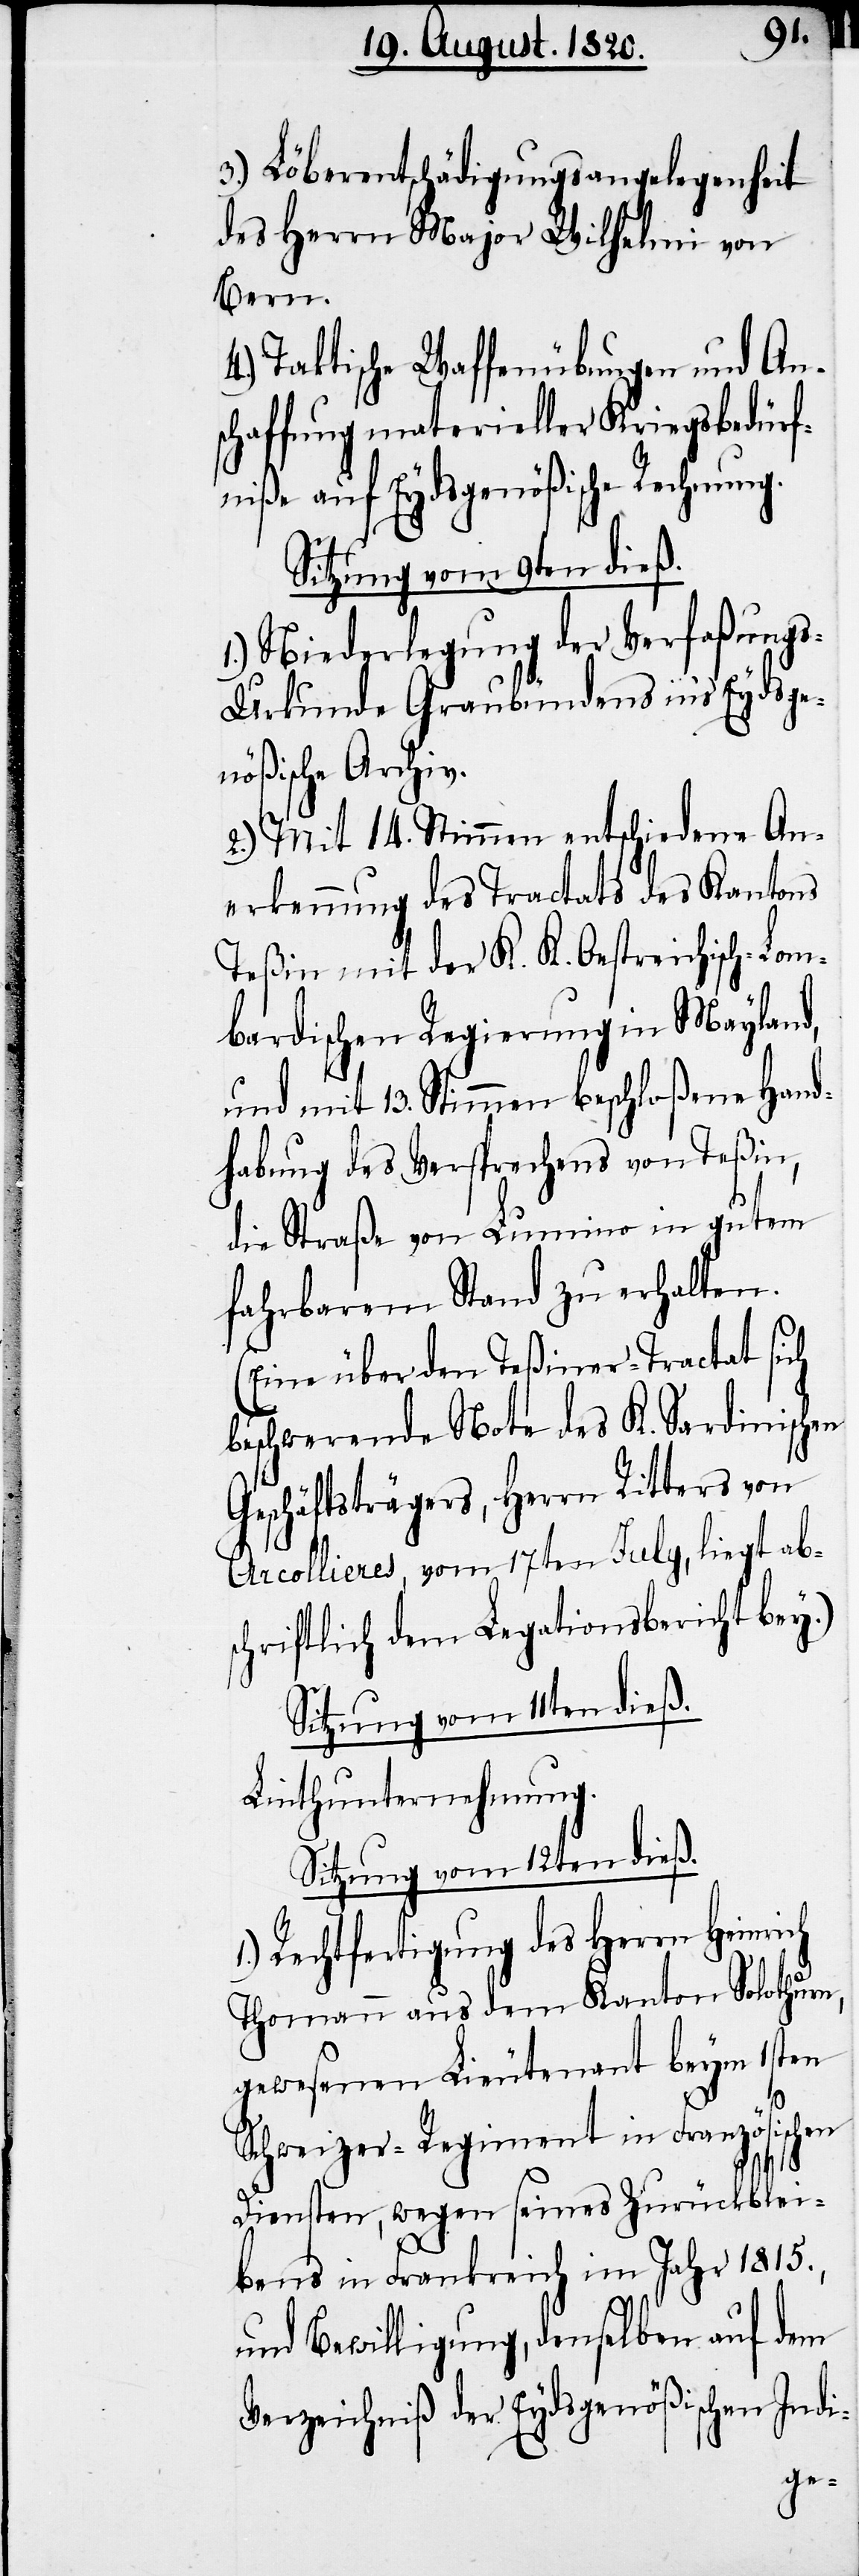
ch

3.) Löberentschädigungsangelegenheit
des Herrn Major Wilhelm von
Bern.
4.) Taktische Waffenübungen und An¬
schaffung materieller Kriegsbedürf¬
niße auf Eydsgenößische Rechnung.
Sitzung vom 9ten dieß.
1.) Niederlegung der Verfaßung¬
s-Urkunde Graubündens in’s Eydsge¬
nößische Archiv.
2.) Mit 14. Stimmen entschiedene An¬
erkennung des Tractats des Kantons
Teßin mit der K. K. Oestreichisch-Lom¬
bardischen Regierung in Mayland,
und mit 13. Stimmen beschloßene Hand¬
habung des Versprechens von Teßin,
die Straße von Lumino in gutem
fahrbarem Stand zu erhalten.
(Eine über den Teßiner-Tractat sich
beschwerende Note des K. Sardinischen
Geschäftsträgers, Herrn Ritters von
Arcollieres, vom 17ten July, liegt abs¬
chriftlich dem Legationsbericht bey.)
Sitzung vom 11ten dieß.
Linthunternehmung.
Sitzung vom 12ten dieß.
Rechtfertigung des Herrn Heinri¬
Thomann aus dem Kanton Solothurn,
gewesenen Lieutenant beym 1sten
Schweizer-Regiment in Französischen
Diensten, wegen seines Zurückblei¬
bens in Frankreich im Jahr 1815.,
und Bewilligung, demselben auf dem
Verzeichniß der Eydsgenößischen Indi-